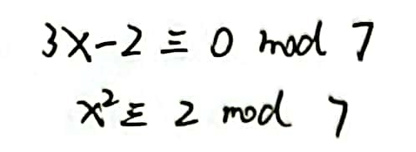
\begin{align*}
3x - 2 &\equiv 0 \pmod{7}\\
x^{2} &\equiv 2 \pmod{7}
\end{align*}